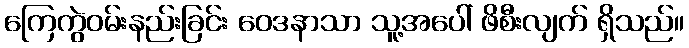
ကြေကွဲဝမ်းနည်းခြင်း ဝေဒနာသာ သူ့အပေါ် ဖိစီးလျက် ရှိသည်။